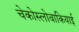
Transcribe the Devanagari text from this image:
चेकोस्लोवाकियाई